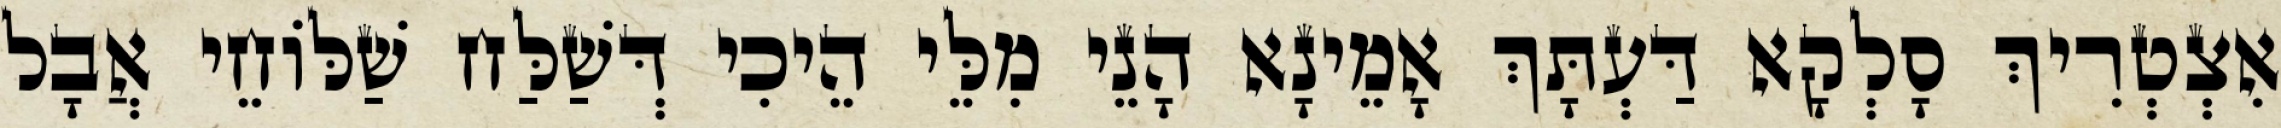
אִצְטְרִיךְ סָלְקָא דַּעְתָּךְ אָמֵינָא הָנֵי מִלֵּי הֵיכִי דְּשַׁלַּח שַׁלּוֹחֵי אֲבָל